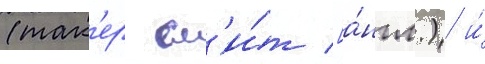
(так'ер см'и́т [а́нгл.) и́